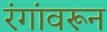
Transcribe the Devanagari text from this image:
रंगांवरून